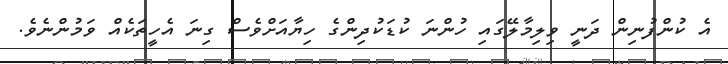
އެ ކުންފުނިން ދަނީ ވިލިމާލޭގައި ހުންނަ ކުޑަކުދިންގެ ހިޔާއަށްވެސް ގިނަ އެހީތަކެއް ވަމުންނެވެ.